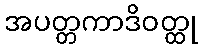
အပတ္တကာဒိဝတ္ထု